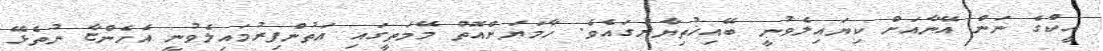
އީކްގެ ނަން އޭނާއަށް ކިޔައިލެވުނީ ބޭއިޚުތިޔާރުގައެވެ. ހާމަޔަށްއޮތް މޭމަތީގައި އަތުންފިރުމައިލެވުނީ އެހެންޏާ ނުތެޅޭ